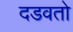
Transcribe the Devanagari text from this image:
दडवतो